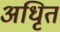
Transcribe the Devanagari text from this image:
अधिृत